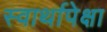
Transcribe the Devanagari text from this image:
स्वार्थापेक्षा